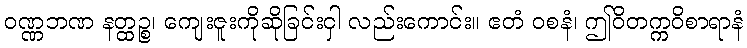
ဝဏ္ဏဘဏ နတ္ထဉ္စ၊ ကျေးဇူးကိုဆိုခြင်းငှါ လည်းကောင်း။ ဧတံ ဝစနံ၊ ဤဝိတက္ကဝိစာရာနံ